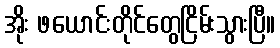
အိုး ဖယောင်းတိုင်တွေငြိမ်းသွားပြီ။